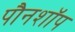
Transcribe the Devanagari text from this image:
पौनशॉप